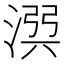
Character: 𣹎